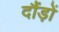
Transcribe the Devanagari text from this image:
दौंड़ों